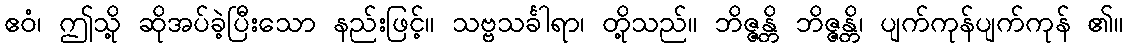
ဧဝံ၊ ဤသို့ ဆိုအပ်ခဲ့ပြီးသော နည်းဖြင့်။ သဗ္ဗသင်္ခါရာ၊ တို့သည်။ ဘိဇ္ဇန္တိ ဘိဇ္ဇန္တိ၊ ပျက်ကုန်ပျက်ကုန် ၏။